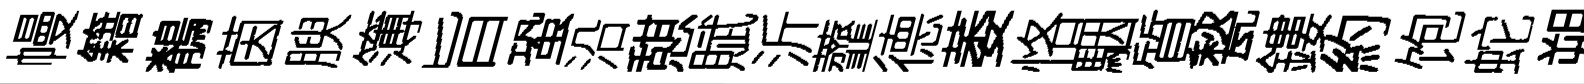
幔籍鶺茵腴簿旨蛩沿憇賦沂虀德萎恪駰質甃鏤約饱蛇朔